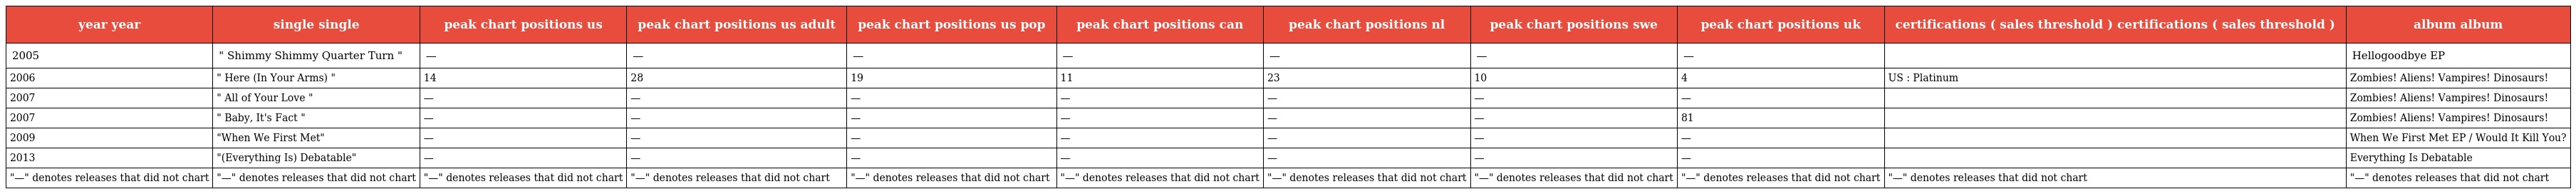
| year year | single single | peak chart positions us | peak chart positions us adult | peak chart positions us pop | peak chart positions can | peak chart positions nl | peak chart positions swe | peak chart positions uk | certifications ( sales threshold ) certifications ( sales threshold ) | album album |
 | --- | --- | --- | --- | --- | --- | --- | --- | --- | --- | --- |
 | 2005 | " Shimmy Shimmy Quarter Turn " | — | — | — | — | — | — | — |  | Hellogoodbye EP |
 | 2006 | " Here (In Your Arms) " | 14 | 28 | 19 | 11 | 23 | 10 | 4 | US : Platinum | Zombies! Aliens! Vampires! Dinosaurs! |
 | 2007 | " All of Your Love " | — | — | — | — | — | — | — |  | Zombies! Aliens! Vampires! Dinosaurs! |
 | 2007 | " Baby, It's Fact " | — | — | — | — | — | — | 81 |  | Zombies! Aliens! Vampires! Dinosaurs! |
 | 2009 | "When We First Met" | — | — | — | — | — | — | — |  | When We First Met EP / Would It Kill You? |
 | 2013 | "(Everything Is) Debatable" | — | — | — | — | — | — | — |  | Everything Is Debatable |
 | "—" denotes releases that did not chart | "—" denotes releases that did not chart | "—" denotes releases that did not chart | "—" denotes releases that did not chart | "—" denotes releases that did not chart | "—" denotes releases that did not chart | "—" denotes releases that did not chart | "—" denotes releases that did not chart | "—" denotes releases that did not chart | "—" denotes releases that did not chart | "—" denotes releases that did not chart |